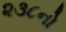
૨૩૮નો